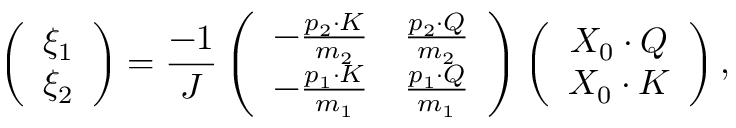
\left( \begin{array} { c } { { \xi _ { 1 } } } \\ { { \xi _ { 2 } } } \end{array} \right) = \frac { - 1 } { J } \left( \begin{array} { c c } { { - \frac { p _ { 2 } \cdot K } { m _ { 2 } } } } & { { \frac { p _ { 2 } \cdot Q } { m _ { 2 } } } } \\ { { - \frac { p _ { 1 } \cdot K } { m _ { 1 } } } } & { { \frac { p _ { 1 } \cdot Q } { m _ { 1 } } } } \end{array} \right) \left( \begin{array} { c } { { X _ { 0 } \cdot Q } } \\ { { X _ { 0 } \cdot K } } \end{array} \right) ,